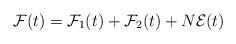
LaTeX: \begin{align*}\mathcal{F}(t) = \mathcal{F}_1(t) + \mathcal{F}_2(t) + N \mathcal{E}(t) \end{align*}